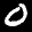
Label: 0